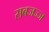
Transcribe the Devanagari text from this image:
सबजज्ज